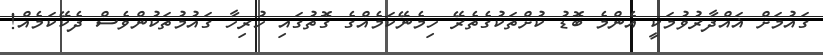
ގައުމަށް ޣައްދާރުވުމަކީ އެންމެ ބޮޑު ކުށްތަކުގެތެރޭ ހިމެނޭކަމެއްގެ ގޮތުގައި ހުރިހާ ގައުމުތަކުންވެސް ދެކޭކަމެއް!